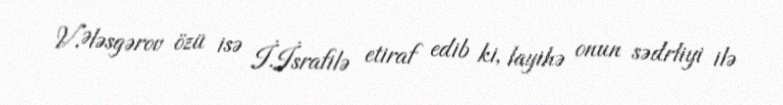
V.Ələsgərov özü isə İ.İsrafilə etiraf edib ki, layihə onun sədrliyi ilə